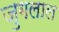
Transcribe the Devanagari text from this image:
जुगलाल